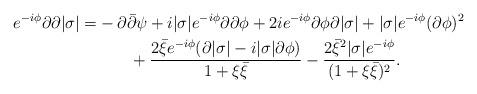
LaTeX: \begin{align*}e^{-i\phi}\partial\partial|\sigma|=&-\partial\bar{\partial}\psi+i|\sigma|e^{-i\phi}\partial\partial\phi+2ie^{-i\phi}\partial\phi\partial|\sigma| +|\sigma|e^{-i\phi}(\partial\phi)^2\\ & \qquad+\frac{2\bar{\xi}e^{-i\phi}(\partial|\sigma|-i|\sigma|\partial\phi)}{1+\xi\bar{\xi}}-\frac{2\bar{\xi}^2|\sigma|e^{-i\phi}}{(1+\xi\bar{\xi})^2}.\end{align*}